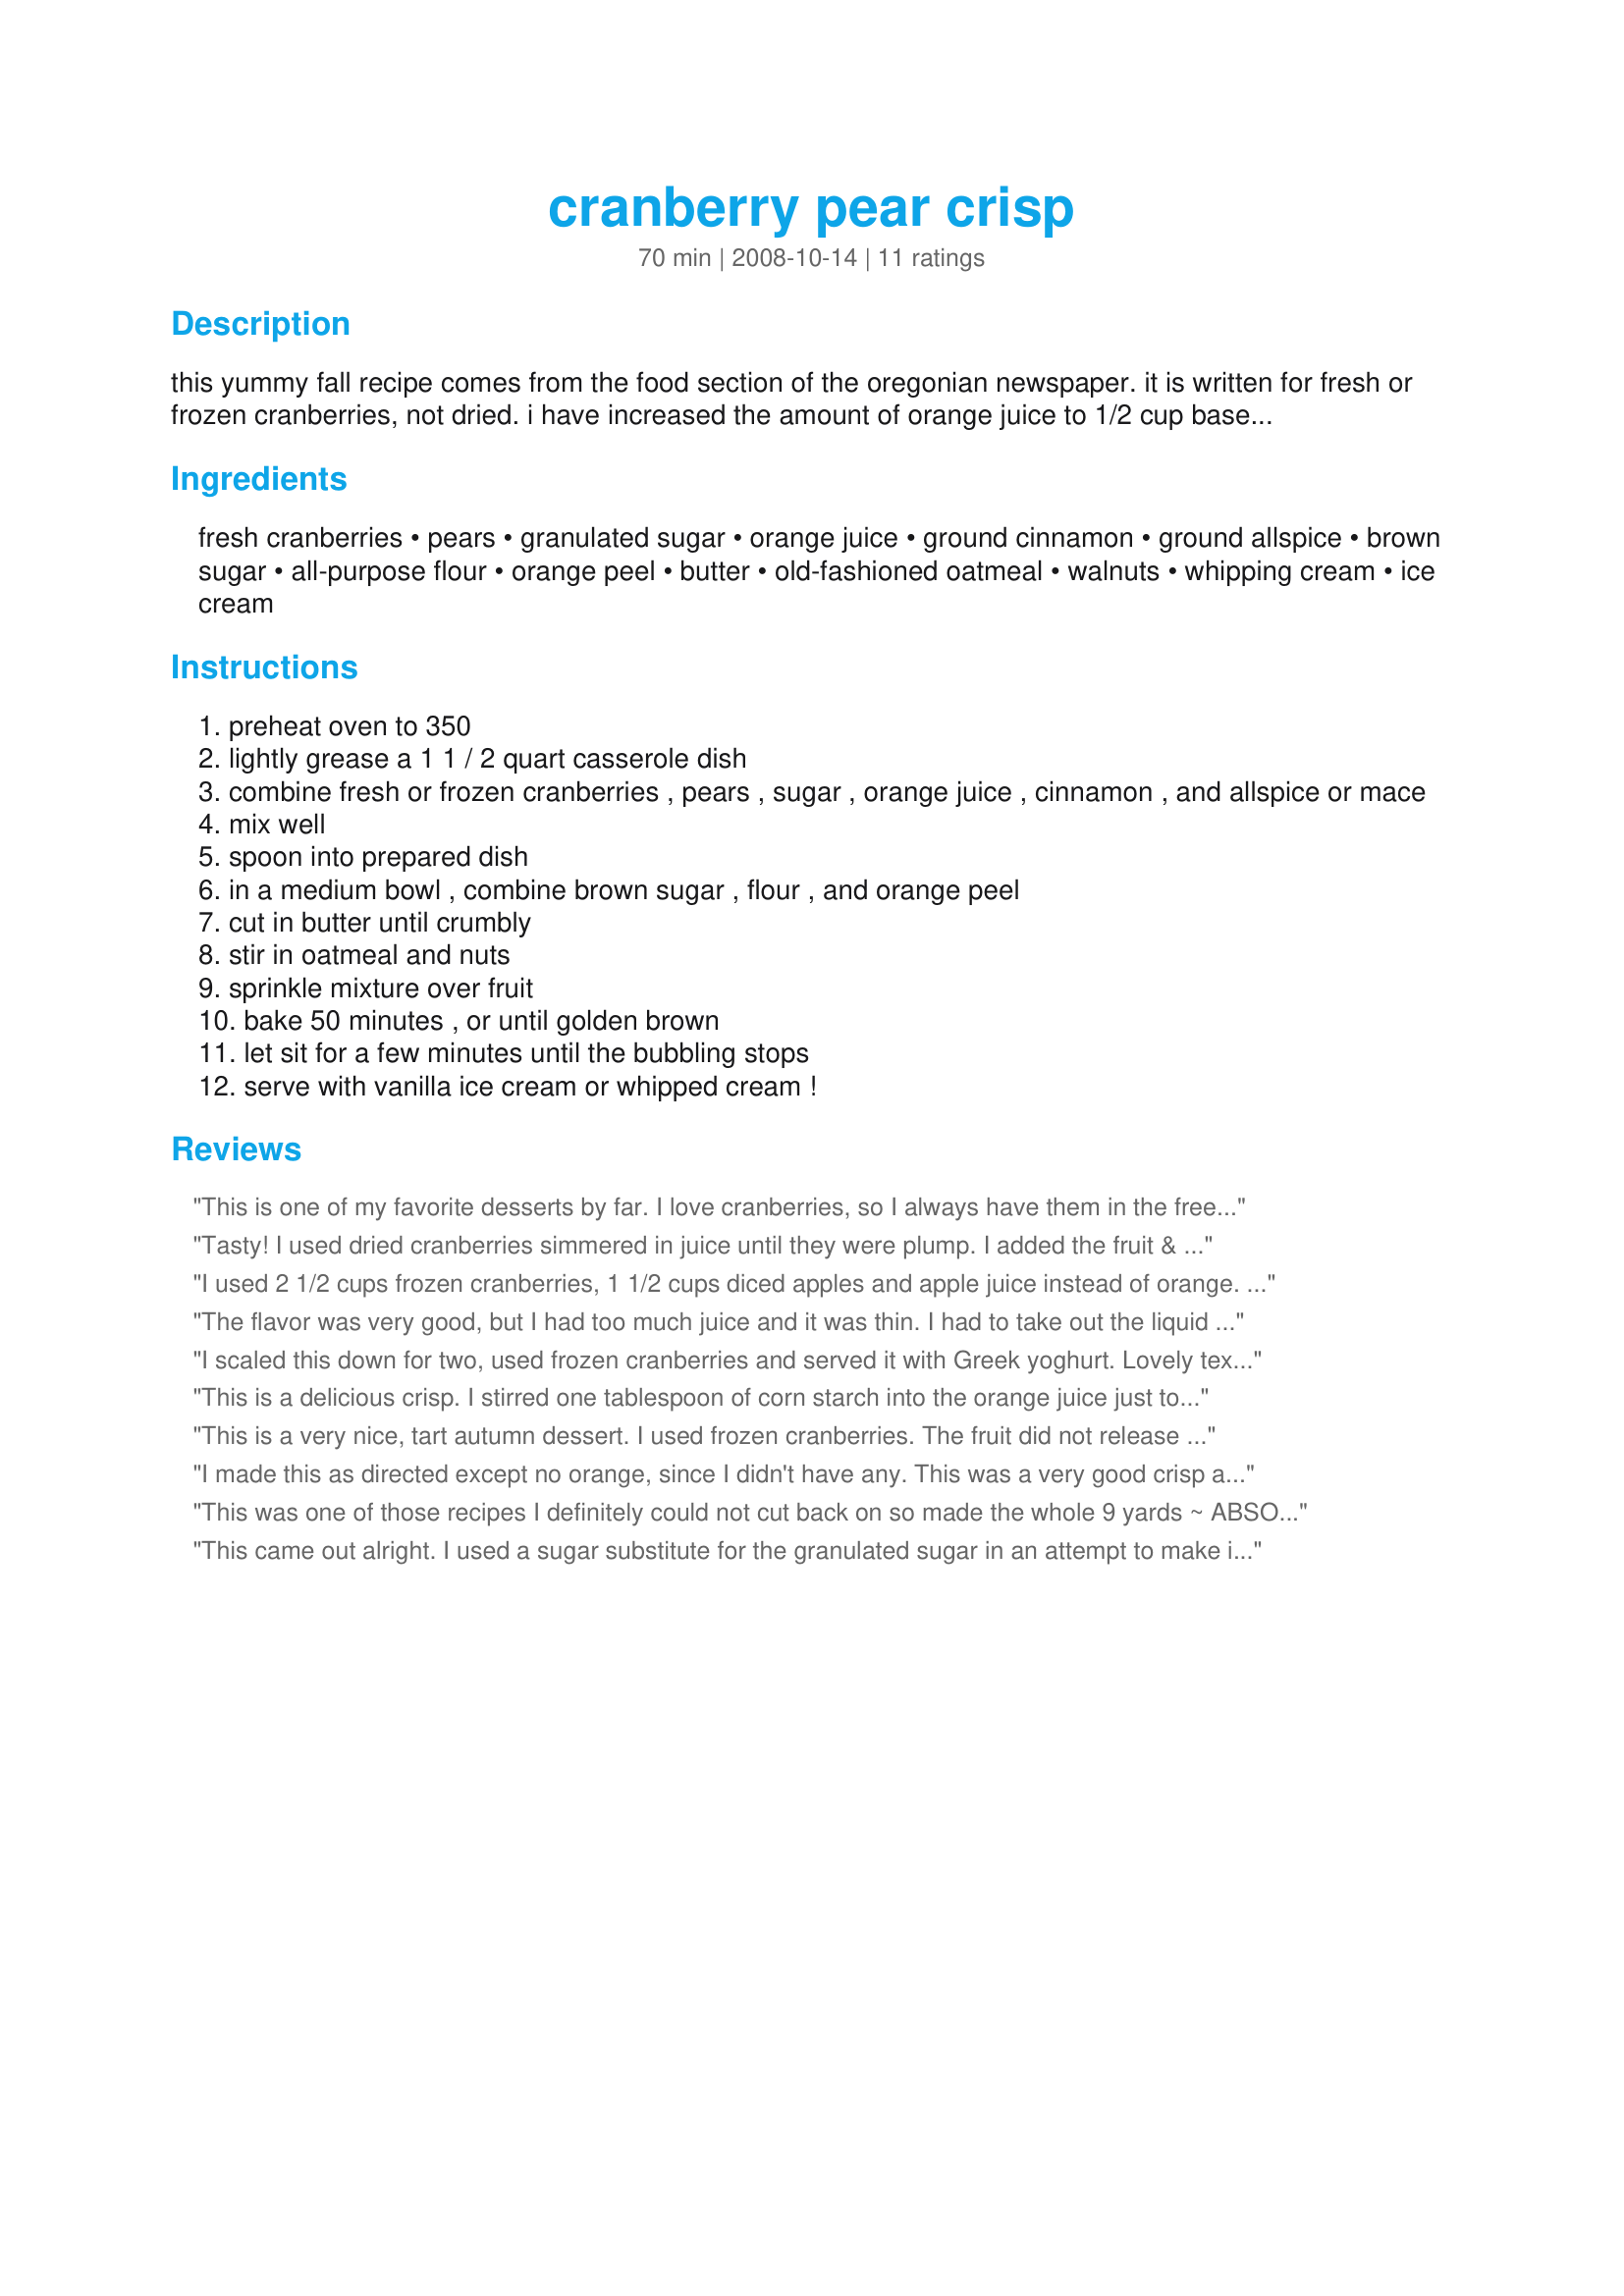
cranberry pear crisp
Preparation time: 70 minutes

this yummy fall recipe comes from the food section of the oregonian newspaper. it is written for fresh or frozen cranberries, not dried. i have increased the amount of orange juice to 1/2 cup based on a review - i made the dish with the new, increased amount, and it was perfect.

because it's somewhat tart, i prefer serving with vanilla ice cream, but sweetened whipped cream is good, too.

Ingredients:
fresh cranberries, pears, granulated sugar, orange juice, ground cinnamon, ground allspice, brown sugar, all-purpose flour, orange peel, butter, old-fashioned oatmeal, walnuts, whipping cream, ice cream

Steps:
preheat oven to 350
lightly grease a 1 1 / 2 quart casserole dish
combine fresh or frozen cranberries , pears , sugar , orange juice , cinnamon , and allspice or mace
mix well
spoon into prepared dish
in a medium bowl , combine brown sugar , flour , and orange peel
cut in butter until crumbly
stir in oatmeal and nuts
sprinkle mixture over fruit
bake 50 minutes , or until golden brown
let sit for a few minutes until the bubbling stops
serve with vanilla ice cream or whipped cream !

Reviews:
This is one of my favorite desserts by far. I love cranberries, so I always have them in the freezer. I let them thaw before making this dish. Also, I only had one pear after the DS saw them, so I used granny smith apples to make up the 2 cups. The taste was outstanding! Made and Reviewed for Please Review My Recipe tag - Thanks! :)
Tasty! I used dried cranberries simmered in juice until they were plump. I added the fruit & any remaining juice to the mix. I also used diced apples in the place of the pears. (I don't really care for pears.) Made for 123 HITS
I used 2 1/2 cups frozen cranberries, 1 1/2 cups diced apples and apple juice instead of orange. It was absolutely delicious! the best crisp I have ever made! The topping turned out just perfect, Thanks! I also baked it in a 2 quart casserole dish and omitted the peel.
The flavor was very good, but I had too much juice and it was thin. I had to take out the liquid and use corn starch to thicken it. I did the recipe as written and used frozen berries. The only thing I did different, was I prepped the berry/pear mix a head of time about an hour and I think the sugar made the fruit release too much juice before cooking.
I scaled this down for two, used frozen cranberries and served it with Greek yoghurt. Lovely textural variety and a blend of flavours which we really enjoyed. Thank you for sharing another really tasty recipe. Made for PRMR.
This is a delicious crisp. I stirred one tablespoon of corn starch into the orange juice just to make sure the filling would thicken (probably not necessary, but it worked). I will be making this next cranberry season!
This is a very nice, tart autumn dessert. I used frozen cranberries. The fruit did not release much juice and the cobbler was a little dry. Additional orange juice or even cooking the cranberries a little to help them release the juice might have worked better. This was served topped with whipped cream.
I made this as directed except no orange, since I didn't have any. This was a very good crisp and would probably be even better with the orange. I loved the topping, and will use it for other fruit crisps.
This was one of those recipes I definitely could not cut back on so made the whole 9 yards ~ ABSOLUTELY LOVE THOSE LITTLE TART BUGGERS! I love the combo of apple & cranberry, too, but really wanted to see how the flavor of the pears would come through here & I wasn't disappointed ~ Made as written, THIS IS A REALLY WONDERFUL TASTING DESSERT! A definite keeper of a recipe, too! [Tagged, made & reviewed in Please Review My Recipe]
This came out alright. I used a sugar substitute for the granulated sugar in an attempt to make it healthier, but it didn't seem to go very well with the dried cranberries that I used. Also used light butter which was fine, and pecans. My boys, who aren't crazy about crisps, ate it w/o complain. I will try this again with regular sugar. Thank you for posting! Made for Bevy Tag
Lovely and easy Fall dessert. I used it today for our Thanksgiving dessert and it received rave reviews around. So much simpler than a standard pie but still perfectly traditional and right for the season. When the berries and pears that were ask for were in the bowl I knew that the cranberry percentage was to high for our preference. I added another pear (total of 3 instead of 2) and a large Golden Delicious apple. It came out wonderful.
